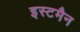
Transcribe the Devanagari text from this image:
इस्टमैन